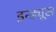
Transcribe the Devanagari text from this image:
इन्ड्यूस